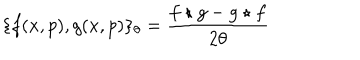
\{ f ( x , p ) , g ( x , p ) \} _ { \theta } = \frac { f \star g - g \star f } { 2 \theta }